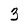
Character: 3